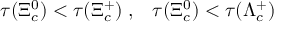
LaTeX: \tau ( \Xi _ { c } ^ { 0 } ) < \tau ( \Xi _ { c } ^ { + } ) \; , \; \; \; \tau ( \Xi _ { c } ^ { 0 } ) < \tau ( \Lambda _ { c } ^ { + } )